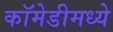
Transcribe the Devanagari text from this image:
कॉमेडीमध्ये